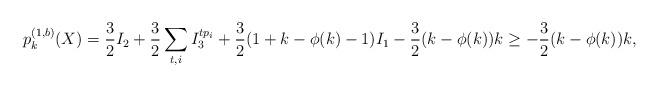
LaTeX: \begin{align*}p_k^{(1,b)}(X) = \frac{3}{2}I_2+\frac{3}{2}\sum_{t,i}I_3^{tp_i} +\frac{3}{2}(1+k-\phi(k)-1)I_1 - \frac{3}{2}(k-\phi(k))k \geq - \frac{3}{2}(k-\phi(k))k,\end{align*}